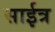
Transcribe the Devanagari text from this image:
साईत्र